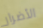
الأضرار